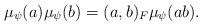
LaTeX: \begin{align*}\mu_{\psi}(a) \mu_{\psi}(b) = (a,b)_{F} \mu_{\psi}(ab).\end{align*}